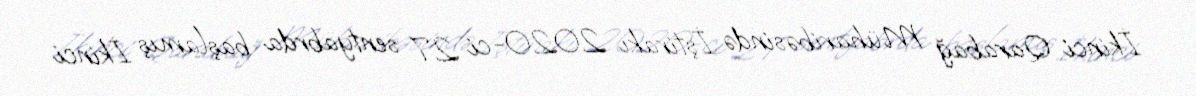
İkinci Qarabağ Müharibəsində İştirakı 2020-ci 27 sentyabrda başlamış İkinci